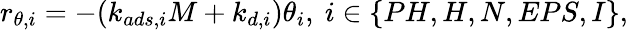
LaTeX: r_{\theta,i}=-(k_{ads,i}M+k_{d,i})\theta_{i},\ i\in\{ PH,H,N,EPS,I\} ,